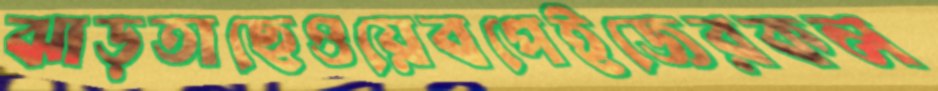
ঝাড়তাছেওয়েবপেইজেরকল